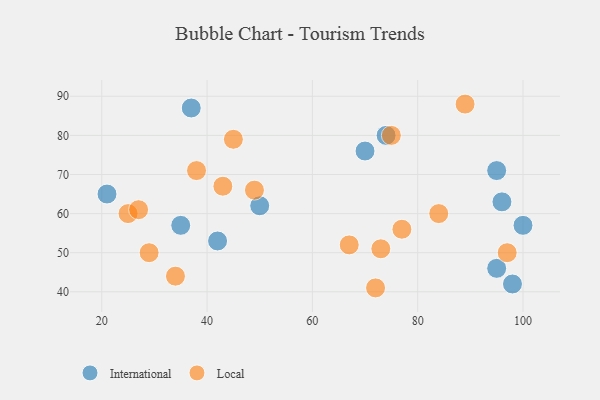
{"axis": {"x": "GDP", "y": "Life Expectancy"}, "legend": ["International", "Local"], "data": [{"x": "98", "y": 42, "type": "International"}, {"x": "95", "y": 46, "type": "International"}, {"x": "74", "y": 80, "type": "International"}, {"x": "42", "y": 53, "type": "International"}, {"x": "100", "y": 57, "type": "International"}, {"x": "50", "y": 62, "type": "International"}, {"x": "95", "y": 71, "type": "International"}, {"x": "21", "y": 65, "type": "International"}, {"x": "37", "y": 87, "type": "International"}, {"x": "96", "y": 63, "type": "International"}, {"x": "70", "y": 76, "type": "International"}, {"x": "35", "y": 57, "type": "International"}, {"x": "75", "y": 80, "type": "Local"}, {"x": "73", "y": 51, "type": "Local"}, {"x": "97", "y": 50, "type": "Local"}, {"x": "89", "y": 88, "type": "Local"}, {"x": "25", "y": 60, "type": "Local"}, {"x": "27", "y": 61, "type": "Local"}, {"x": "29", "y": 50, "type": "Local"}, {"x": "84", "y": 60, "type": "Local"}, {"x": "77", "y": 56, "type": "Local"}, {"x": "45", "y": 79, "type": "Local"}, {"x": "72", "y": 41, "type": "Local"}, {"x": "49", "y": 66, "type": "Local"}, {"x": "38", "y": 71, "type": "Local"}, {"x": "43", "y": 67, "type": "Local"}, {"x": "67", "y": 52, "type": "Local"}, {"x": "34", "y": 44, "type": "Local"}]}